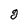
Character: g